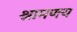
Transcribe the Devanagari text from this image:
श्रामणय